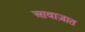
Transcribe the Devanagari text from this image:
आवाज़ात